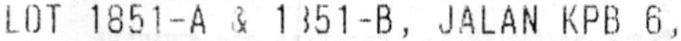
LOT 1851-A & 1851-B, JALAN KPB 6,